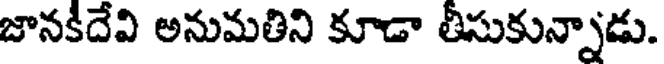
జానకిదేవి అనుమతిని కూడా తీసుకున్నాడు.